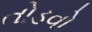
તોડવો